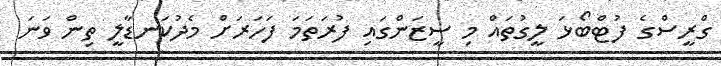
ގްރީސްގެ ފުޓްބޯޅަ ލީގުތައް މި ސީޒަންގައި ފުރަތަމަ ފަހަރަށް މެދުކަނޑާލީ ތިން ވަނަ